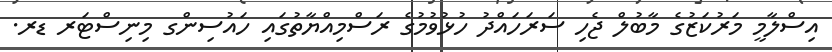
އިސްލާމީ މަރުކަޒުގެ މާބުލް ޖެހި ސަރަހައްދު ހުޅުވުމުގެ ރަސްމިއްޔާތުގައި ހައުސިންގ މިނިސްޓަރ ޑރ.